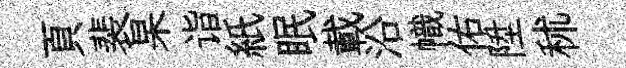
頁裴杲诣紙眠載沿幟佑陞秫